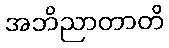
အဘိညာတာတိ